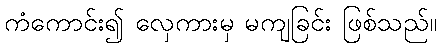
ကံကောင်း၍ လှေကားမှ မကျခြင်း ဖြစ်သည်။